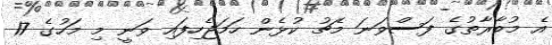
އެ މުބާރާތުގެ ފަސްވަނަ މެޗު ކުޅެން ހަމަޖެހިފައި ވަނީ މި މަހުގެ 17